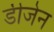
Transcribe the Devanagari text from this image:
डीजेन